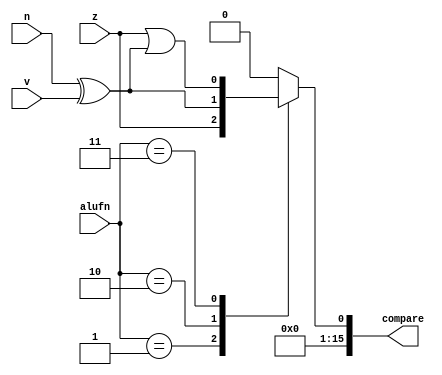
module comparesixteen_7 (
    input z,
    input v,
    input n,
    input [1:0] alufn,
    output reg [15:0] compare
  );
  
  
  
  always @* begin
    compare[1+14-:15] = 15'h0000;
    
    case (alufn)
      2'h1: begin
        compare[0+0-:1] = z;
      end
      2'h2: begin
        compare[0+0-:1] = n ^ v;
      end
      2'h3: begin
        compare[0+0-:1] = z | (n ^ v);
      end
      default: begin
        compare[0+0-:1] = 1'h0;
      end
    endcase
  end
endmodule